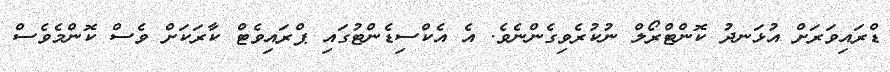
ޑްރައިވަރަށް އުޅަނދު ކޮންޓްރޯލް ނުކުރެވިގެންނެވެ. އެ އެކްސިޑެންޓުގައި ޕްރައިވެޓް ކާރަކަށް ވެސް ކޮންމެވެސް